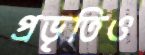
প্রভৃতিও